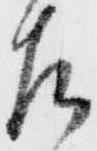
左